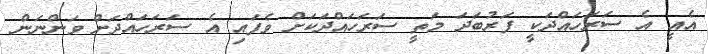
އެއީ އެ ސަރަހައްދަކީ ފަރުބަދަ މަތީ ސަރަހައްދަކަށް ވެފައި އެ ސަރަހައްދަށް ވަންނަން